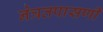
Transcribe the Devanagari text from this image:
नेत्रतपासणी